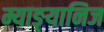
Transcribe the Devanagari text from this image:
म्याङ्यानिज